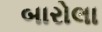
બારોલા